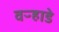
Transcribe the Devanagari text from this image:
वऱ्हाडे